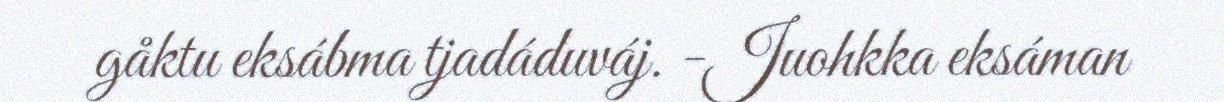
gåktu eksábma tjadáduváj. -Juohkka eksáman